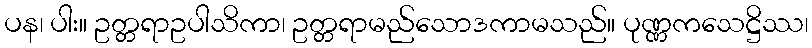
ပန၊ ပါး။ ဥတ္တရာဥပါသိကာ၊ ဥတ္တရာမည်သောဒကာမသည်။ ပုဏ္ဏကသေဋ္ဌိဿ၊